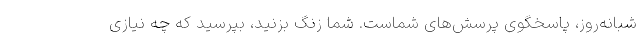
شبانه‌روز، پاسخگوی پرسش‌های شماست. شما زنگ بزنید، بپرسید که چه نیازی